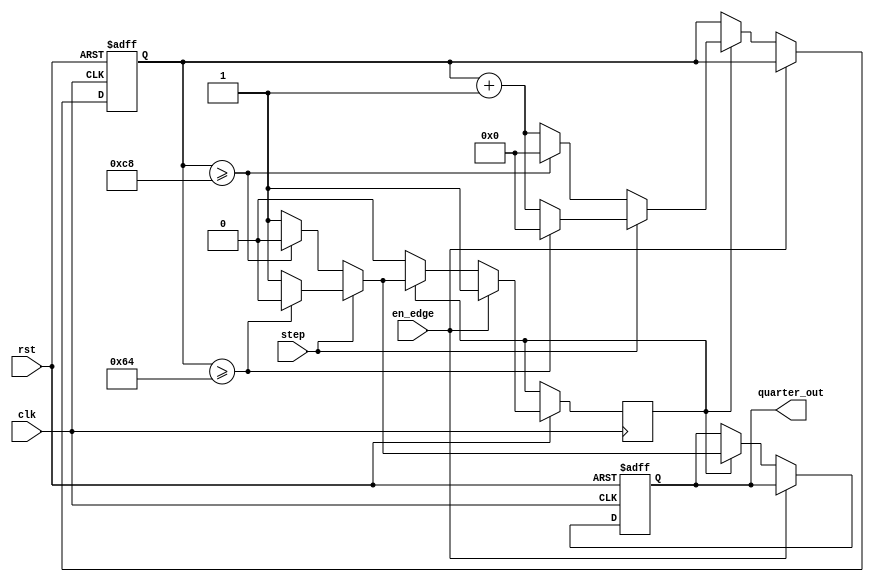
module quarter_count(
	// IO declaration 
	input wire clk,	//clk_for_motor
	input wire rst,
	input wire step,
	input wire en_edge,
	output reg quarter_out);
	
	// parameters: according to step size 
	parameter HS_COUNT = 8'd200;
	parameter FS_COUNT = 8'd100;
	
	// PARAMETERS FOR TEST
//	parameter HS_COUNT = 8'd4;
//	parameter FS_COUNT = 8'd8;
	
	// inner regs 
	reg [7:0] count;
	reg start_count;
	
	// counter logic 
	always @(posedge clk or negedge rst)
	begin 
		if (~rst) 
			begin 
				count <= 8'd0;
				quarter_out <= 1'b0;
			end
		else if (en_edge) // if enabled 
			begin 
				start_count <= en_edge;
			end 
		else if (start_count)
			begin 
				if (step == 1'b1)	// if in full step 
					begin 
						if (count >= FS_COUNT)
							begin 
								quarter_out <= 1'b0;
								start_count <= 1'b0;
								count <= 8'b0;
							end
						else
							begin 
								count <= count + 8'b1;
								quarter_out <= 1'b1;
							end
					end 
				else if (step == 1'b0)	// the same logic but if in half step
					begin 
						if (count >= HS_COUNT)
							begin 
								quarter_out <= 1'b0;
								start_count <= 1'b0;
								count <= 8'b0;
							end
						else
							begin 
								count <= count + 8'b1;
								quarter_out <= 1'b1;
							end 
					end 
			end
	end 

endmodule